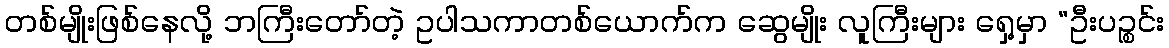
တစ်မျိုးဖြစ်နေလို့ ဘကြီးတော်တဲ့ ဥပါသကာတစ်ယောက်က ဆွေမျိုး လူကြီးများ ရှေ့မှာ “ဦးပဉ္စင်း